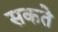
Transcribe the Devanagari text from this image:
सकते